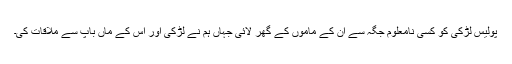
پولیس لڑکی کو کسی نامعلوم جگہ سے ان کے ماموں کے گھر لائی جہاں ہم نے لڑکی اور اس کے ماں باپ سے ملاقات کی۔